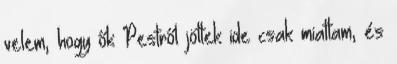
velem, hogy ők Pestről jöttek ide csak miattam, és